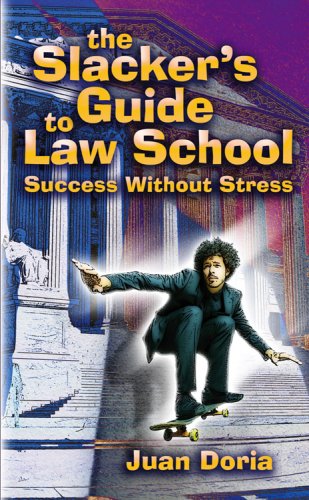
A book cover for The Slacker's Guide to Law School: Success Without Stress; Juan Doria; Education & Teaching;